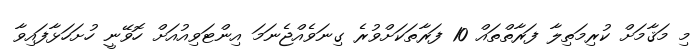
މި މަޤާމަށް ކުރިމަތިލާ ފަރާތްތައް 10 ފަރާތަކަށްވުރެ ގިނަވެއްޖެނަމަ އިންޓަވިއުއަށް ހޮވޭނީ ހުށަހަޅާފައިވާ